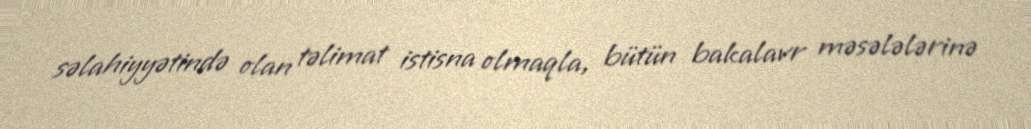
səlahiyyətində olan təlimat istisna olmaqla, bütün bakalavr məsələlərinə